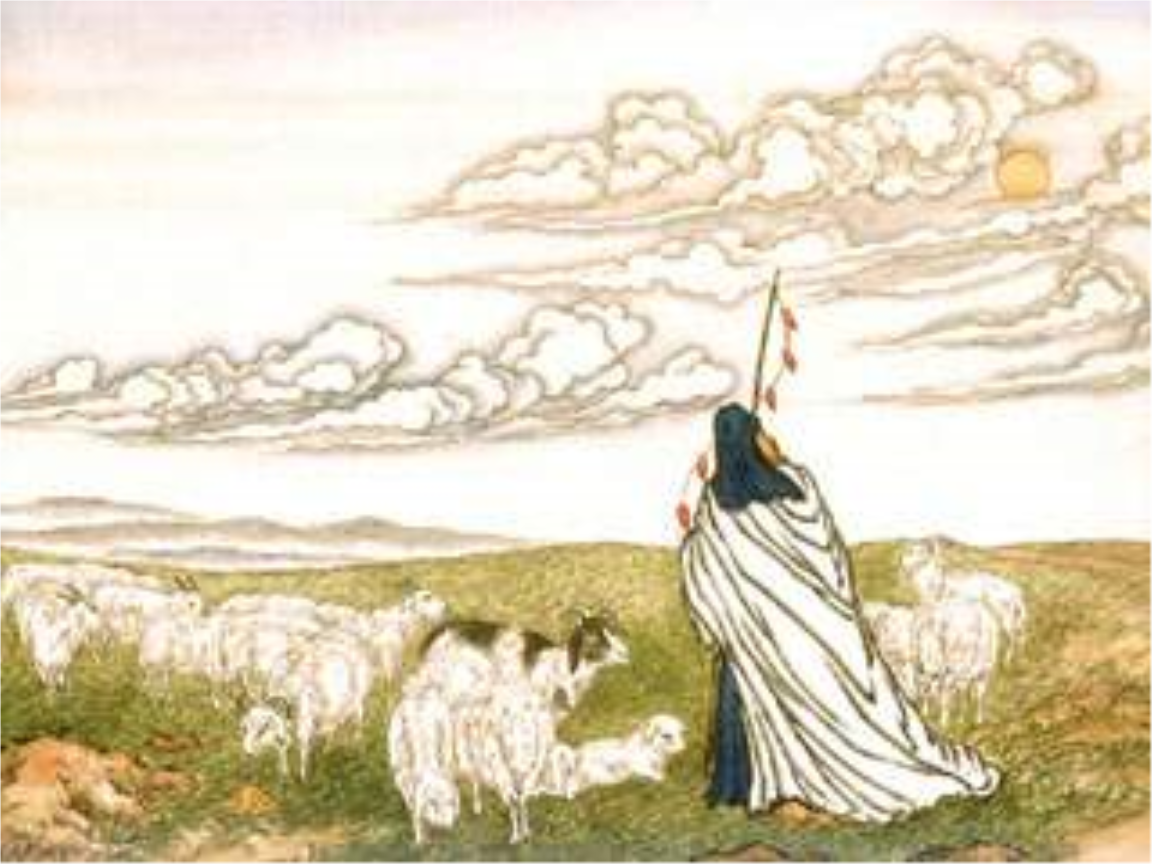
关西老将不胜愁，驻马听之双泪流。